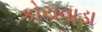
કોચવાડા